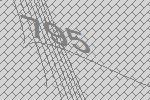
795